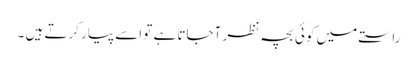
راستے میں کوئی بچہ نظر آجاتا ہے تو اسے پیار کرتے ہیں ۔